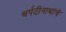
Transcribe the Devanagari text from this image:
चर्पटीनाथांचे